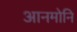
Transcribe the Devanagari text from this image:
आनमोनि